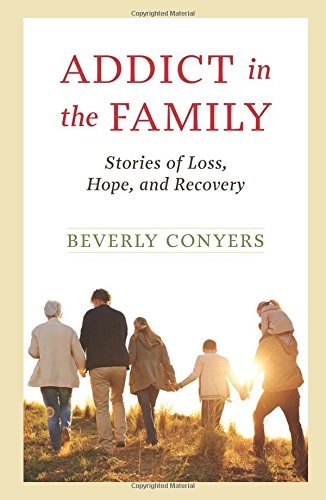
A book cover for Addict In The Family: Stories of Loss, Hope, and Recovery.; Beverly Conyers; Health, Fitness & Dieting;